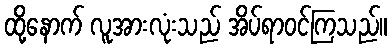
ထို့နောက် လူအားလုံးသည် အိပ်ရာဝင်ကြသည်။